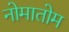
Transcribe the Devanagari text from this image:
नोमातोम